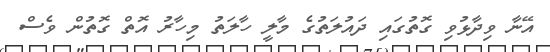
އޭނާ ވިދާޅުވި ގޮތުގައި ދައުލަތުގެ މާލީ ހާލަތު މިހާރު އޮތް ގޮތުން ވެސް